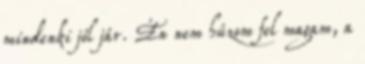
mindenki jól jár. Én nem húzom fel magam, a